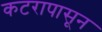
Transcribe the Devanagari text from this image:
कटरापासून